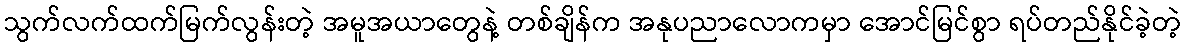
သွက်လက်ထက်မြက်လွန်းတဲ့ အမူအယာတွေနဲ့ တစ်ချိန်က အနုပညာလောကမှာ အောင်မြင်စွာ ရပ်တည်နိုင်ခဲ့တဲ့